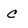
Character: C